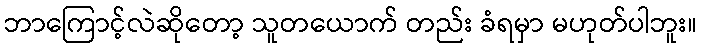
ဘာကြောင့်လဲဆိုတော့ သူတယောက် တည်း ခံရမှာ မဟုတ်ပါဘူး။